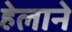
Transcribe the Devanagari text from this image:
हेलाने